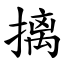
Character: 摛